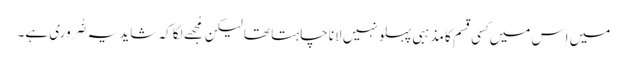
میں اِس میں کِسی قِسم کا مذہبی پہلو نہیں لانا چاہتا تھا لیکن مُجھے لگا کہ شاید یہ ضُروری ہے۔